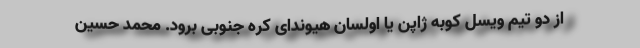
از دو تیم ویسل کوبه ژاپن یا اولسان هیوندای کره جنوبی برود. محمد حسین